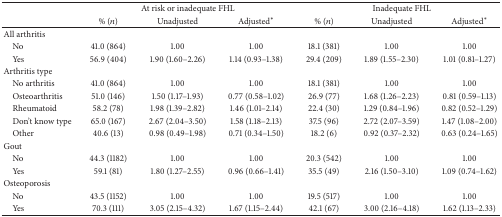
<table><thead><tr><td><b> </b></td><td colspan="3"><b>At risk or inadequate FHL</b></td><td colspan="3"><b>Inadequate FHL</b></td></tr><tr><td><b> </b></td><td><b>% (<i>n</i>)</b></td><td><b>Unadjusted</b></td><td><b>Adjusted<sup><i>∗</i></sup></b></td><td><b>% (<i>n</i>)</b></td><td><b>Unadjusted</b></td><td><b>Adjusted<sup><i>∗</i></sup></b></td></tr></thead><tbody><tr><td>All arthritis</td><td> </td><td> </td><td> </td><td> </td><td> </td><td> </td></tr><tr><td> No</td><td>41.0 (864)</td><td>1.00</td><td>1.00</td><td>18.1 (381)</td><td>1.00</td><td>1.00</td></tr><tr><td> Yes</td><td>56.9 (404)</td><td>1.90 (1.60–2.26)</td><td>1.14 (0.93–1.38)</td><td>29.4 (209)</td><td>1.89 (1.55–2.30)</td><td>1.01 (0.81–1.27)</td></tr><tr><td>Arthritis type</td><td> </td><td> </td><td> </td><td> </td><td> </td><td> </td></tr><tr><td> No arthritis</td><td>41.0 (864)</td><td>1.00</td><td>1.00</td><td>18.1 (381)</td><td>1.00</td><td>1.00</td></tr><tr><td> Osteoarthritis</td><td>51.0 (146)</td><td>1.50 (1.17–1.93)</td><td>0.77 (0.58–1.02)</td><td>26.9 (77)</td><td>1.68 (1.26–2.23)</td><td>0.81 (0.59–1.13)</td></tr><tr><td> Rheumatoid</td><td>58.2 (78)</td><td>1.98 (1.39–2.82)</td><td>1.46 (1.01–2.14)</td><td>22.4 (30)</td><td>1.29 (0.84–1.96)</td><td>0.82 (0.52–1.29)</td></tr><tr><td> Don&#x27;t know type</td><td>65.0 (167)</td><td>2.67 (2.04–3.50)</td><td>1.58 (1.18–2.13)</td><td>37.5 (96)</td><td>2.72 (2.07–3.59)</td><td>1.47 (1.08–2.00)</td></tr><tr><td> Other</td><td>40.6 (13)</td><td>0.98 (0.49–1.98)</td><td>0.71 (0.34–1.50)</td><td>18.2 (6)</td><td>0.92 (0.37–2.32)</td><td>0.63 (0.24–1.65)</td></tr><tr><td>Gout</td><td> </td><td> </td><td> </td><td> </td><td> </td><td> </td></tr><tr><td> No</td><td>44.3 (1182)</td><td>1.00</td><td>1.00</td><td>20.3 (542)</td><td>1.00</td><td>1.00</td></tr><tr><td> Yes</td><td>59.1 (81)</td><td>1.80 (1.27–2.55)</td><td>0.96 (0.66–1.41)</td><td>35.5 (49)</td><td>2.16 (1.50–3.10)</td><td>1.09 (0.74–1.62)</td></tr><tr><td>Osteoporosis</td><td> </td><td> </td><td> </td><td> </td><td> </td><td> </td></tr><tr><td> No</td><td>43.5 (1152)</td><td>1.00</td><td>1.00</td><td>19.5 (517)</td><td>1.00</td><td>1.00</td></tr><tr><td> Yes</td><td>70.3 (111)</td><td>3.05 (2.15–4.32)</td><td>1.67 (1.15–2.44)</td><td>42.1 (67)</td><td>3.00 (2.16–4.18)</td><td>1.62 (1.13–2.33)</td></tr></tbody></table>